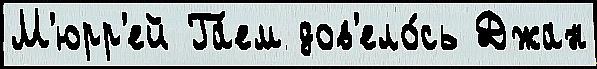
М'юрр'ей Га́ем дов'ело́сь Джан